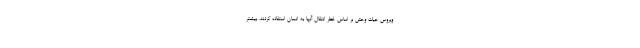
ویروس حیات وحش بر اساس خطر انتقال آنها به انسان استفاده کردند. بیشتر